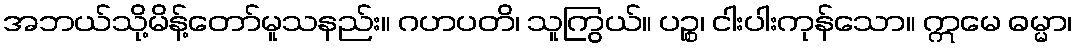
အဘယ်သို့မိန့်တော်မူသနည်း။ ဂဟပတိ၊ သူကြွယ်။ ပဉ္စ၊ ငါးပါးကုန်သော။ ဣမေ ဓမ္မာ၊